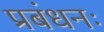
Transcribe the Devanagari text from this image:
प्रबंधनः